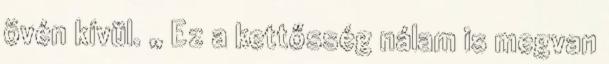
övén kívül. „ Ez a kettősség nálam is megvan